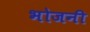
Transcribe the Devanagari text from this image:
भोजनी